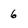
Character: 6